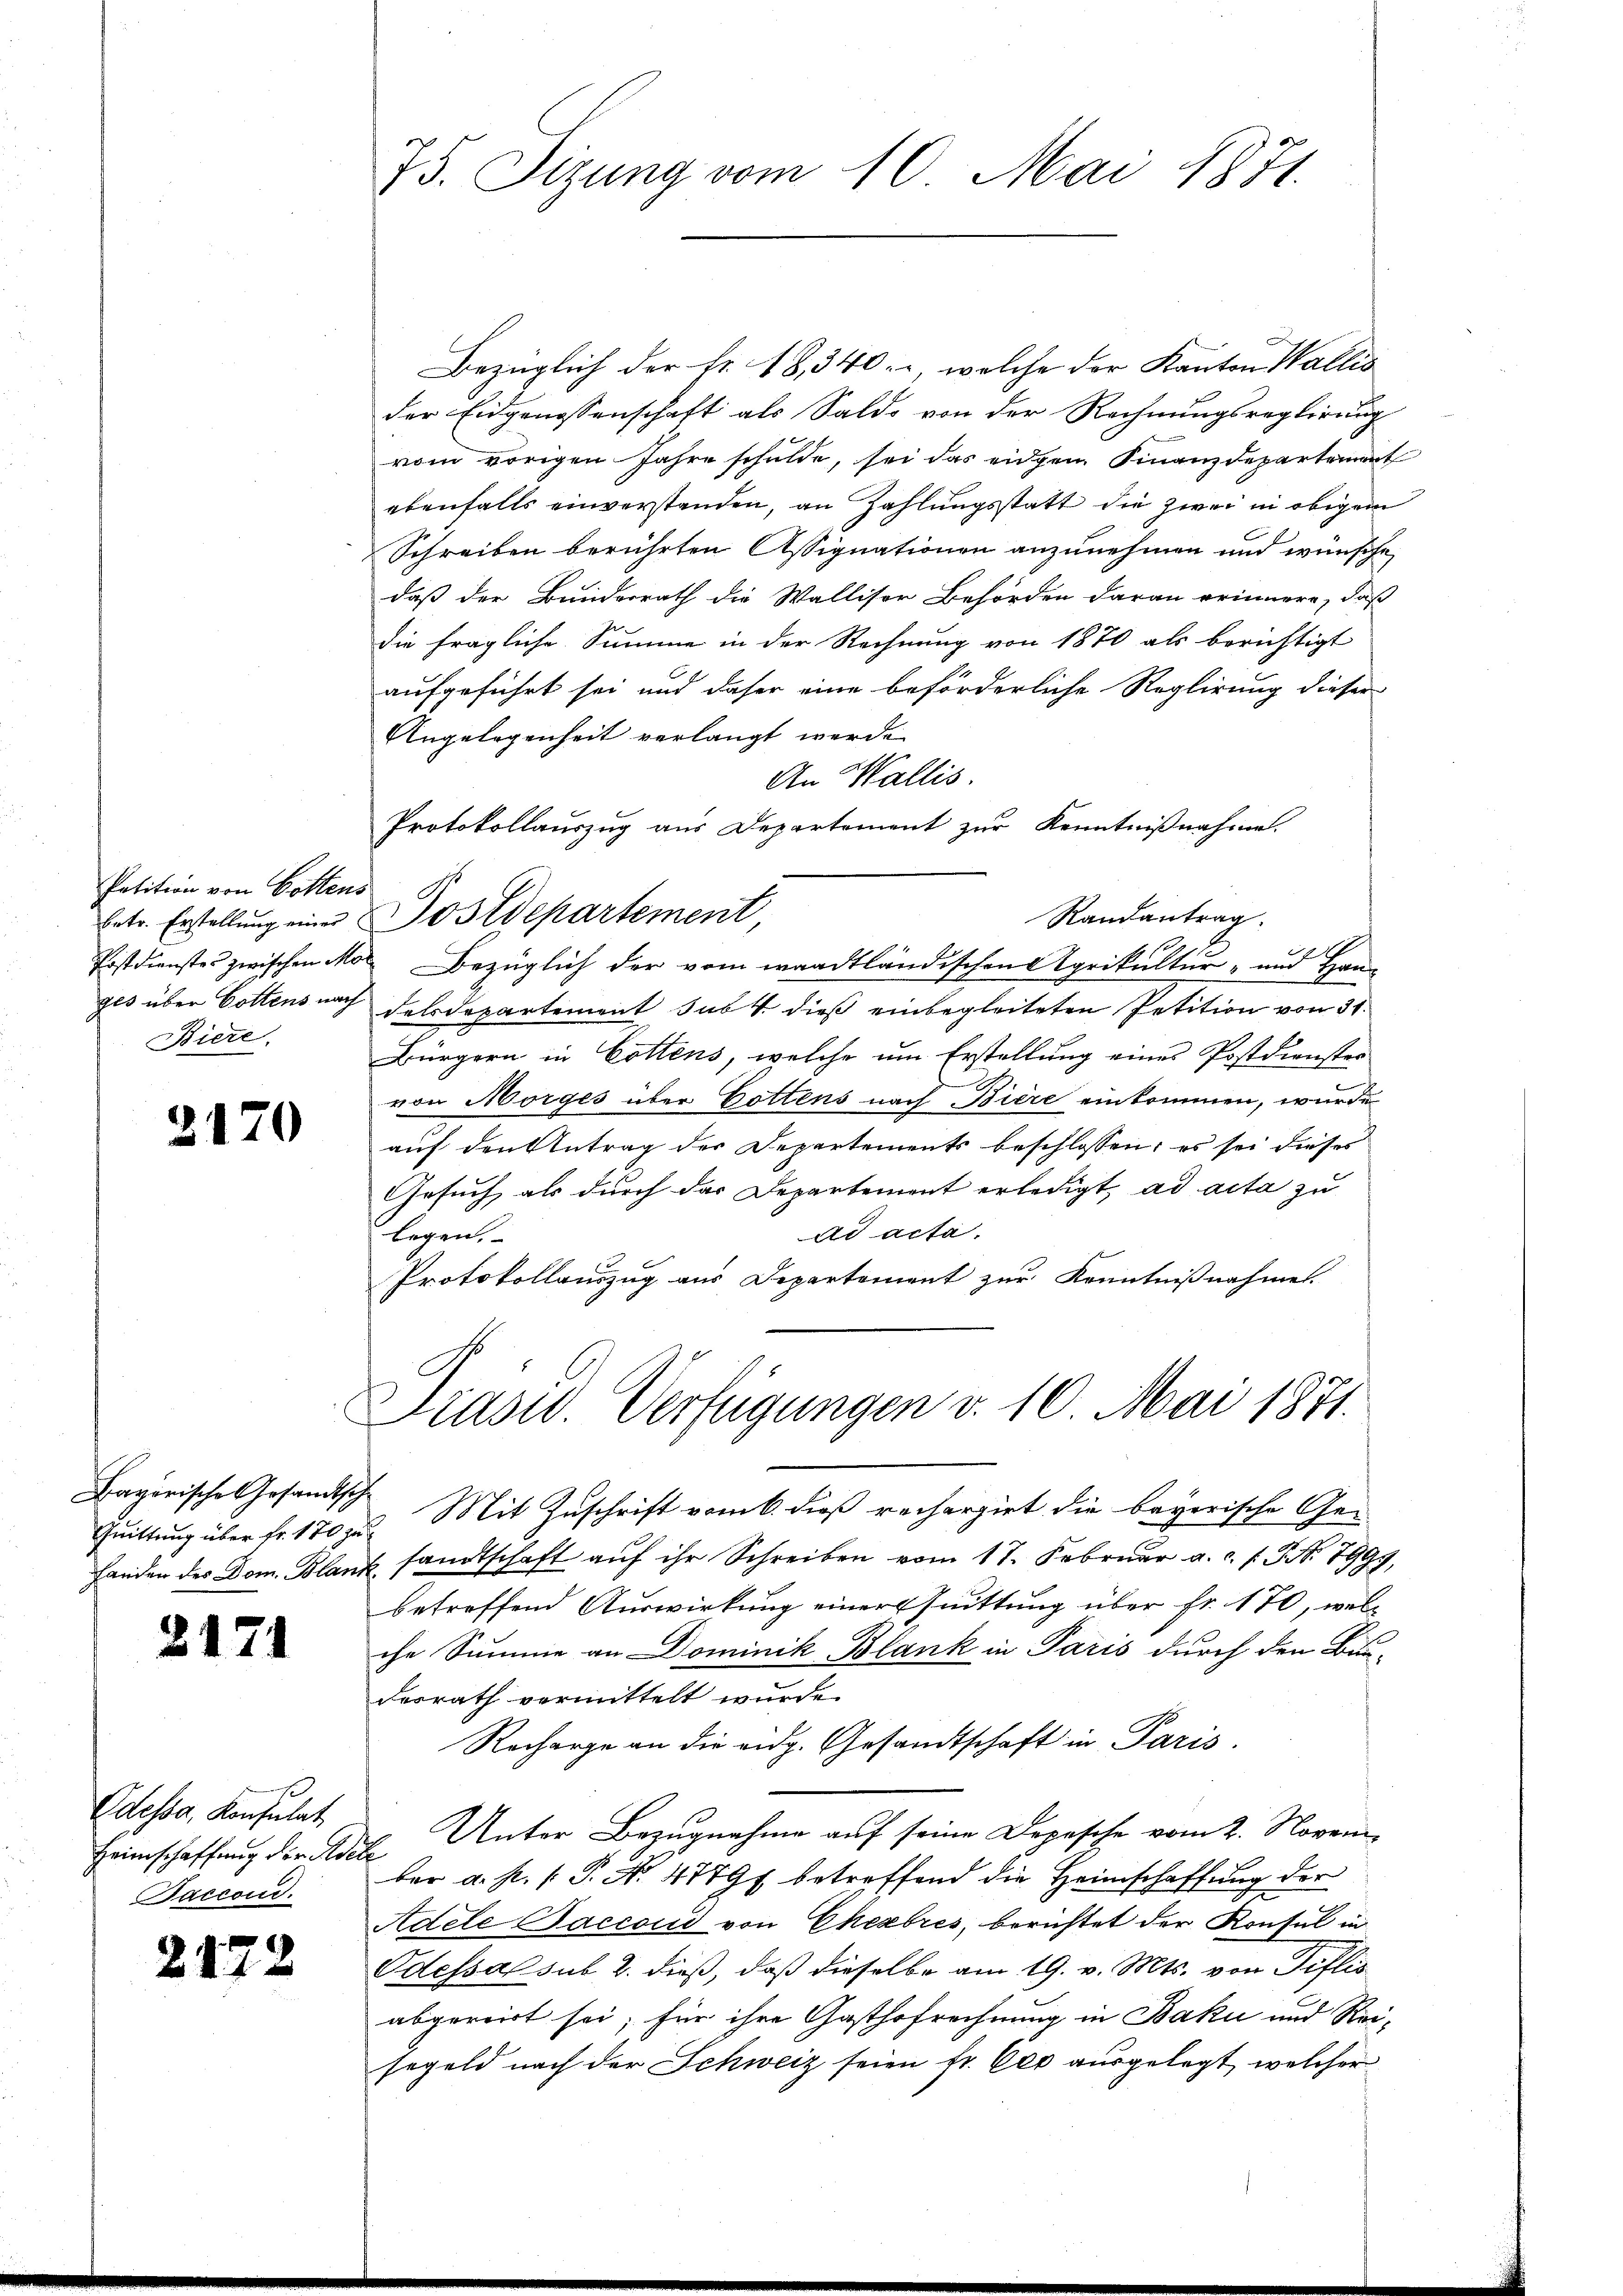
Patition von Gottens
Biere.

2170

Bayorische Gesandtsche

2171

Odessa, Konsulat
Heimschaffung der Adele
Baccord.

2172

75. Sizung vom 10. Mai 1871.

Bezüglich der Fr. 18, 340, welche der Kanton Wallis
der Eidgenossenschaft als Saldo von der Rechnungsreglirung
vom vorigen Jahre schulde, sei das eidgem Finanzdepartement
ebenfalls einverstanden, an Zahlungsstatt die zwei in obigem
Schreiben berührten Assignationen anzunehmen und wünsche,
daß der Bundesrath die Wallisor Behörden daran erinnere, daß
die fragliche Summe in der Rechnung von 1870 als berichtigt
aufgeführt sei und daher eine beförderliche Reglirung dieser
Angelegenheit verlangt werde.
An Wallis.
Protokollauszug aus Departement zur Kenntnißnahme.
betr. Erstellŭng eine Postdepartement,
Postdienstes zwischen Mo Bezüglich der vom waadtländischen Agrikultur- und Han-
ges über Gottens nach desdepartement sub 4. dieß einbegleiteten Petition von 31.
Bürgern in Cottens, welche um Erstellung eines Postdienster
von Morges über Gottens nach Biere einkommen, wurde
auf den Antrag der Departements beschlossen; es sei dieses
Gesuch, als durch das Departement erledigt, ad acta zu
ad acta.
legen.
Protokollauszug aus Departement zur Kenntnißnahme
Präsid. Verfügungen v. 10. Mai 1871.
Quittung über fr. 170 zu. Mit Zuschrift vom 6. dieß rechargirt die bayerische Ge-
Handen des Dom. Blank sandtschaft aŭf ihr Schreiben vom 17. Februar a.c. s. S. Nr. 7999,
betreffend Auswirkung einer Quittung über Fr. 170, welc
che Summe an Dominik Blank in Paris durch den Bun-
desrath vermittelt wurde.
Recharge an die eidg. Gesandtschaft in Paris.
Unter Bezugnahme auf seine Depesche vom 2. November a. p. /: P. No. 47797 betreffend die Heimschaffung der
Adele Saccord von Eheabres, berichtet der Konsul in
Odessa sub. 2. dieß, daß dieselbe am 19. v. Mts. von Teflis
abgereirt sei; für ihre Gasthofrechnung in Baki und Rei-
segeld nach der Schweiz seien fr. Ces ausgelegt, welcher

Randantrag.